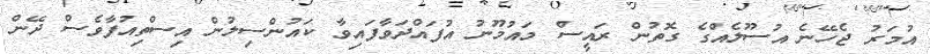
އުމަރު ޖެހޭނެ އުސޫލެއްގެ ގޮތުން ރަައީސް މައުމޫނު އުފައްދަވާފައިވާ ކައުންސިލުން އިސްތިއުފާވެސް ދޭން